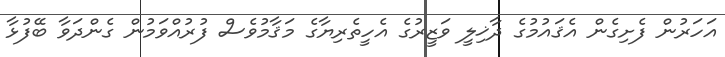
އަހަރުން ފެށިގެން އެޤައުމުގެ ދާޚިލީ ވަޒީރުގެ އެހީތެރިޔާގެ މަޤާމުވެސް ފުރުއްވަމުން ގެންދަވާ ބޭފުޅާ